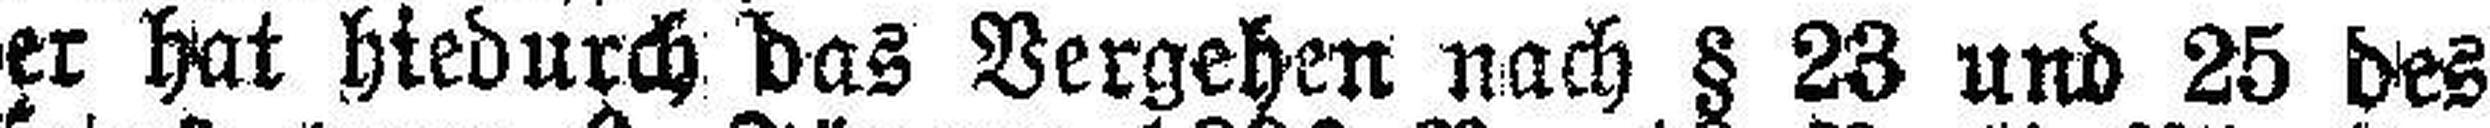
er hat hiedurch das Vergehen nach § 23 und 25 des